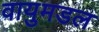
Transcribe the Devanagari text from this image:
वायुमडल